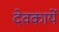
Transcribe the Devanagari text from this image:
देवकार्ये